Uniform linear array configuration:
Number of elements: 32
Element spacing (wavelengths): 0.5
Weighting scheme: cosine
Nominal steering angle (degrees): -45
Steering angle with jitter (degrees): -43.942
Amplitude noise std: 0.05
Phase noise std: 0.05

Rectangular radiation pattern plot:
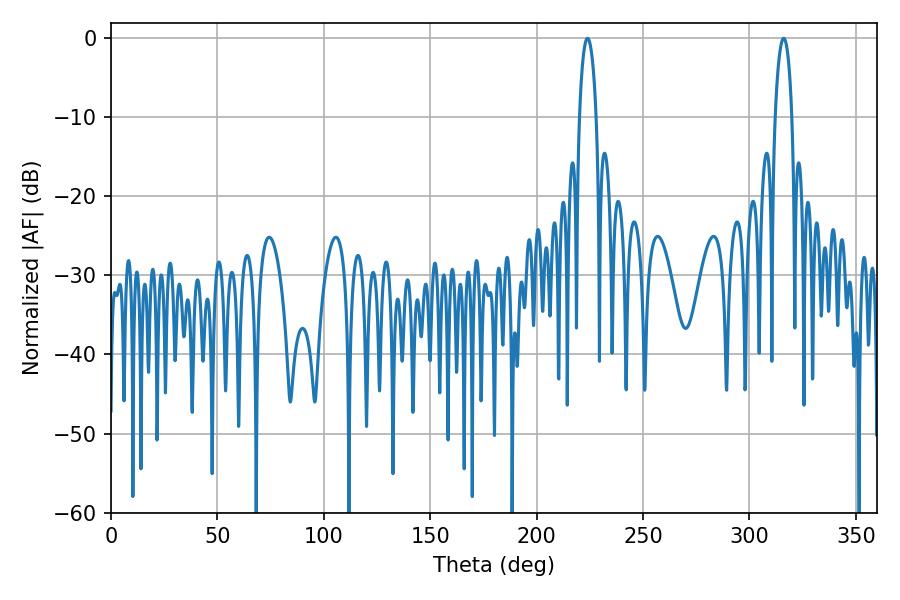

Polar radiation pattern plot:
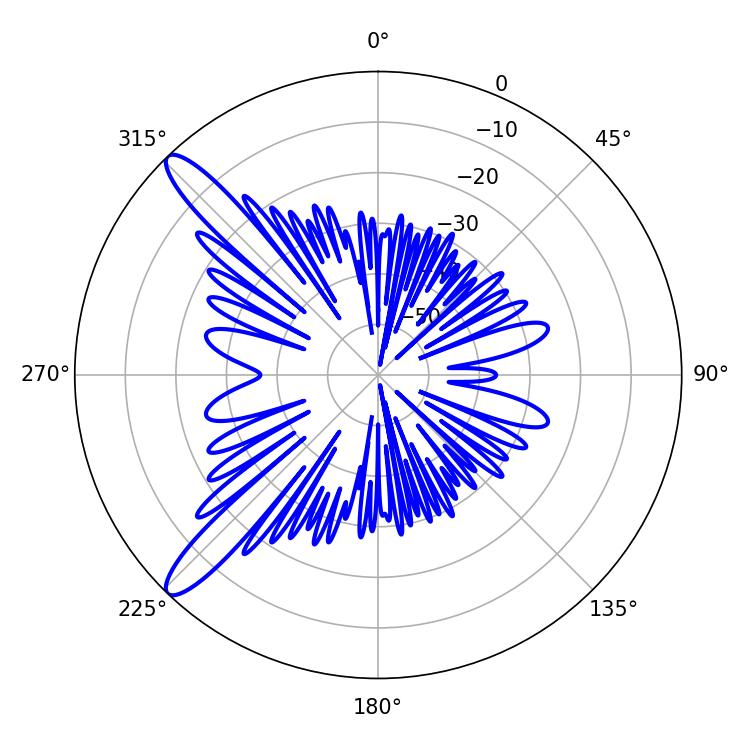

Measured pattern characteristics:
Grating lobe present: FALSE
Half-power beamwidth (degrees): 4.5
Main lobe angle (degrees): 316.08